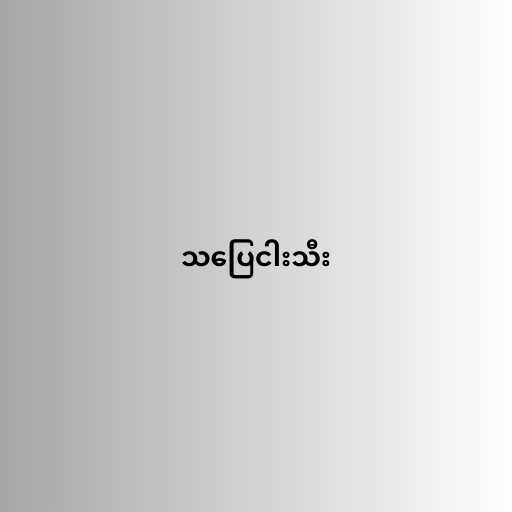
သပြေငါးသီး